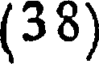
(38)